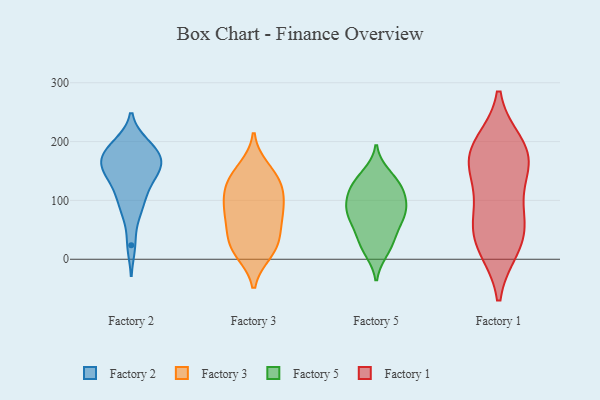
{"axis": {"x": "Inventory Turnover", "y": "Value"}, "legend": ["Factory 1", "Factory 2", "Factory 3", "Factory 5"], "data": [{"x": "", "y": 185, "type": "Factory 2"}, {"x": "", "y": 151, "type": "Factory 2"}, {"x": "", "y": 87, "type": "Factory 2"}, {"x": "", "y": 82, "type": "Factory 2"}, {"x": "", "y": 168, "type": "Factory 2"}, {"x": "", "y": 114, "type": "Factory 2"}, {"x": "", "y": 122, "type": "Factory 2"}, {"x": "", "y": 24, "type": "Factory 2"}, {"x": "", "y": 196, "type": "Factory 2"}, {"x": "", "y": 171, "type": "Factory 2"}, {"x": "", "y": 159, "type": "Factory 2"}, {"x": "", "y": 174, "type": "Factory 2"}, {"x": "", "y": 142, "type": "Factory 2"}, {"x": "", "y": 154, "type": "Factory 2"}, {"x": "", "y": 196, "type": "Factory 2"}, {"x": "", "y": 91, "type": "Factory 3"}, {"x": "", "y": 25, "type": "Factory 3"}, {"x": "", "y": 16, "type": "Factory 3"}, {"x": "", "y": 137, "type": "Factory 3"}, {"x": "", "y": 56, "type": "Factory 3"}, {"x": "", "y": 154, "type": "Factory 3"}, {"x": "", "y": 66, "type": "Factory 3"}, {"x": "", "y": 116, "type": "Factory 3"}, {"x": "", "y": 29, "type": "Factory 3"}, {"x": "", "y": 83, "type": "Factory 3"}, {"x": "", "y": 12, "type": "Factory 3"}, {"x": "", "y": 137, "type": "Factory 3"}, {"x": "", "y": 88, "type": "Factory 3"}, {"x": "", "y": 122, "type": "Factory 3"}, {"x": "", "y": 133, "type": "Factory 5"}, {"x": "", "y": 115, "type": "Factory 5"}, {"x": "", "y": 66, "type": "Factory 5"}, {"x": "", "y": 107, "type": "Factory 5"}, {"x": "", "y": 133, "type": "Factory 5"}, {"x": "", "y": 76, "type": "Factory 5"}, {"x": "", "y": 14, "type": "Factory 5"}, {"x": "", "y": 36, "type": "Factory 5"}, {"x": "", "y": 82, "type": "Factory 5"}, {"x": "", "y": 144, "type": "Factory 5"}, {"x": "", "y": 72, "type": "Factory 5"}, {"x": "", "y": 80, "type": "Factory 5"}, {"x": "", "y": 97, "type": "Factory 5"}, {"x": "", "y": 18, "type": "Factory 5"}, {"x": "", "y": 114, "type": "Factory 5"}, {"x": "", "y": 41, "type": "Factory 5"}, {"x": "", "y": 167, "type": "Factory 1"}, {"x": "", "y": 20, "type": "Factory 1"}, {"x": "", "y": 195, "type": "Factory 1"}, {"x": "", "y": 20, "type": "Factory 1"}, {"x": "", "y": 167, "type": "Factory 1"}, {"x": "", "y": 191, "type": "Factory 1"}, {"x": "", "y": 49, "type": "Factory 1"}, {"x": "", "y": 60, "type": "Factory 1"}, {"x": "", "y": 168, "type": "Factory 1"}, {"x": "", "y": 123, "type": "Factory 1"}, {"x": "", "y": 80, "type": "Factory 1"}]}